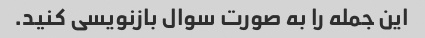
این جمله را به صورت سوال بازنویسی کنید.